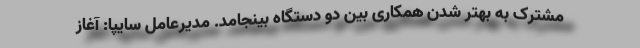
مشترک به بهتر شدن همکاری بین دو دستگاه بینجامد. مدیرعامل سایپا: آغاز